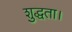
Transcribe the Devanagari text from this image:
शुद्धता।